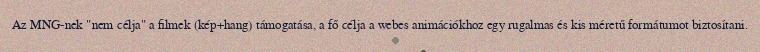
Az MNG-nek "nem célja" a filmek (kép+hang) támogatása, a fő célja a webes animációkhoz egy rugalmas és kis méretű formátumot biztosítani.